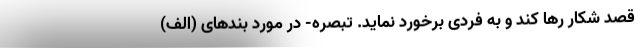
قصد شکار رها کند و به فردی برخورد نماید. تبصره- در مورد بندهای (الف)